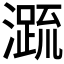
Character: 𭲭